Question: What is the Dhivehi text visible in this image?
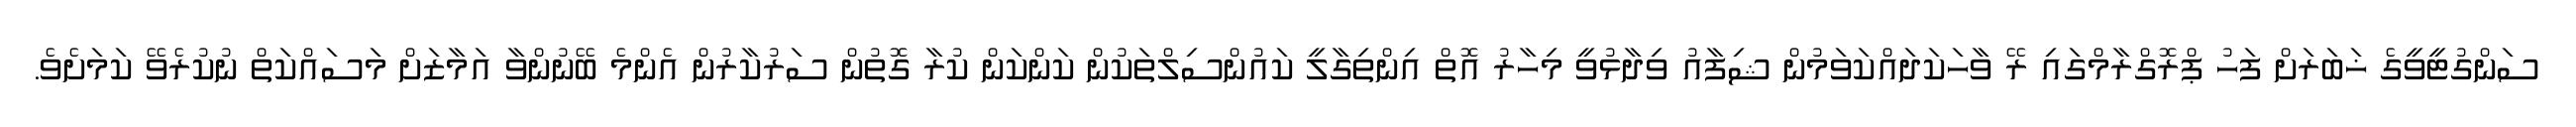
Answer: ސަންގުޓީވީގެ ޚަބަރަށް ފަހު ޕްރޮގްރާމްގައި ރޭ ވާހަކަދައްކަވަމުން ޝިފާއު ވިދާޅުވީ މިހާރު އޮތް އިންތިގާލީ ކައުންސިލްތަކުން ކަންކަން ކުރާ ގޮތުން ސަރުކާރުން އެންމެ ބޭނުންވާ އަމާޒަށް މަސައްކަތް ނުކުރެވޭ ކަމަށެވެ.